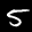
Label: 5